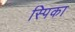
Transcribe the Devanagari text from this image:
स्पिका